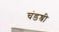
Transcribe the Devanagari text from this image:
चंडश्री